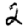
Digit: 2